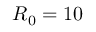
R _ { 0 } = 1 0